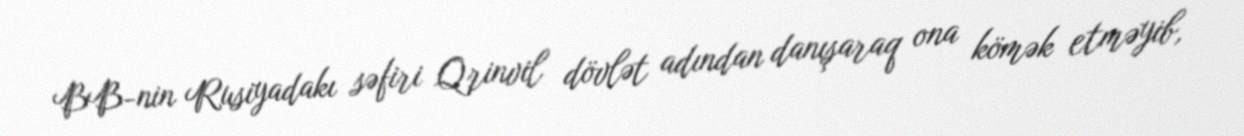
BB-nin Rusiyadakı səfiri Qrinvil dövlət adından danışaraq ona kömək etməyib,